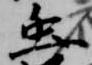
虫